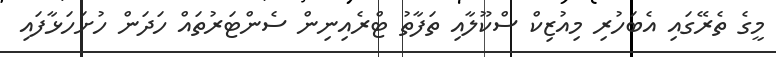
މީގެ ތެރޭގައި އެބަހުރި މިއުޒިކް ސްކޫލާއި ތަފާތު ޓްރެއިނިން ސެންޓަރުތައް ހަދަން ހުށަހަޅާފައި